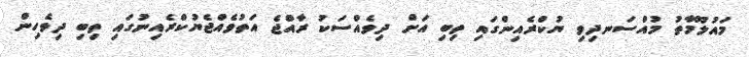
މައުލޫމާތު މުއްސަނދިވި ޔުކްރެއިންގައި ތިބި އަށް ދިވެއްސަކު ރާއްޖެ އަތުވެއްޖެޔުކްރެއިނުގައި ތިބި ދިވެހިން